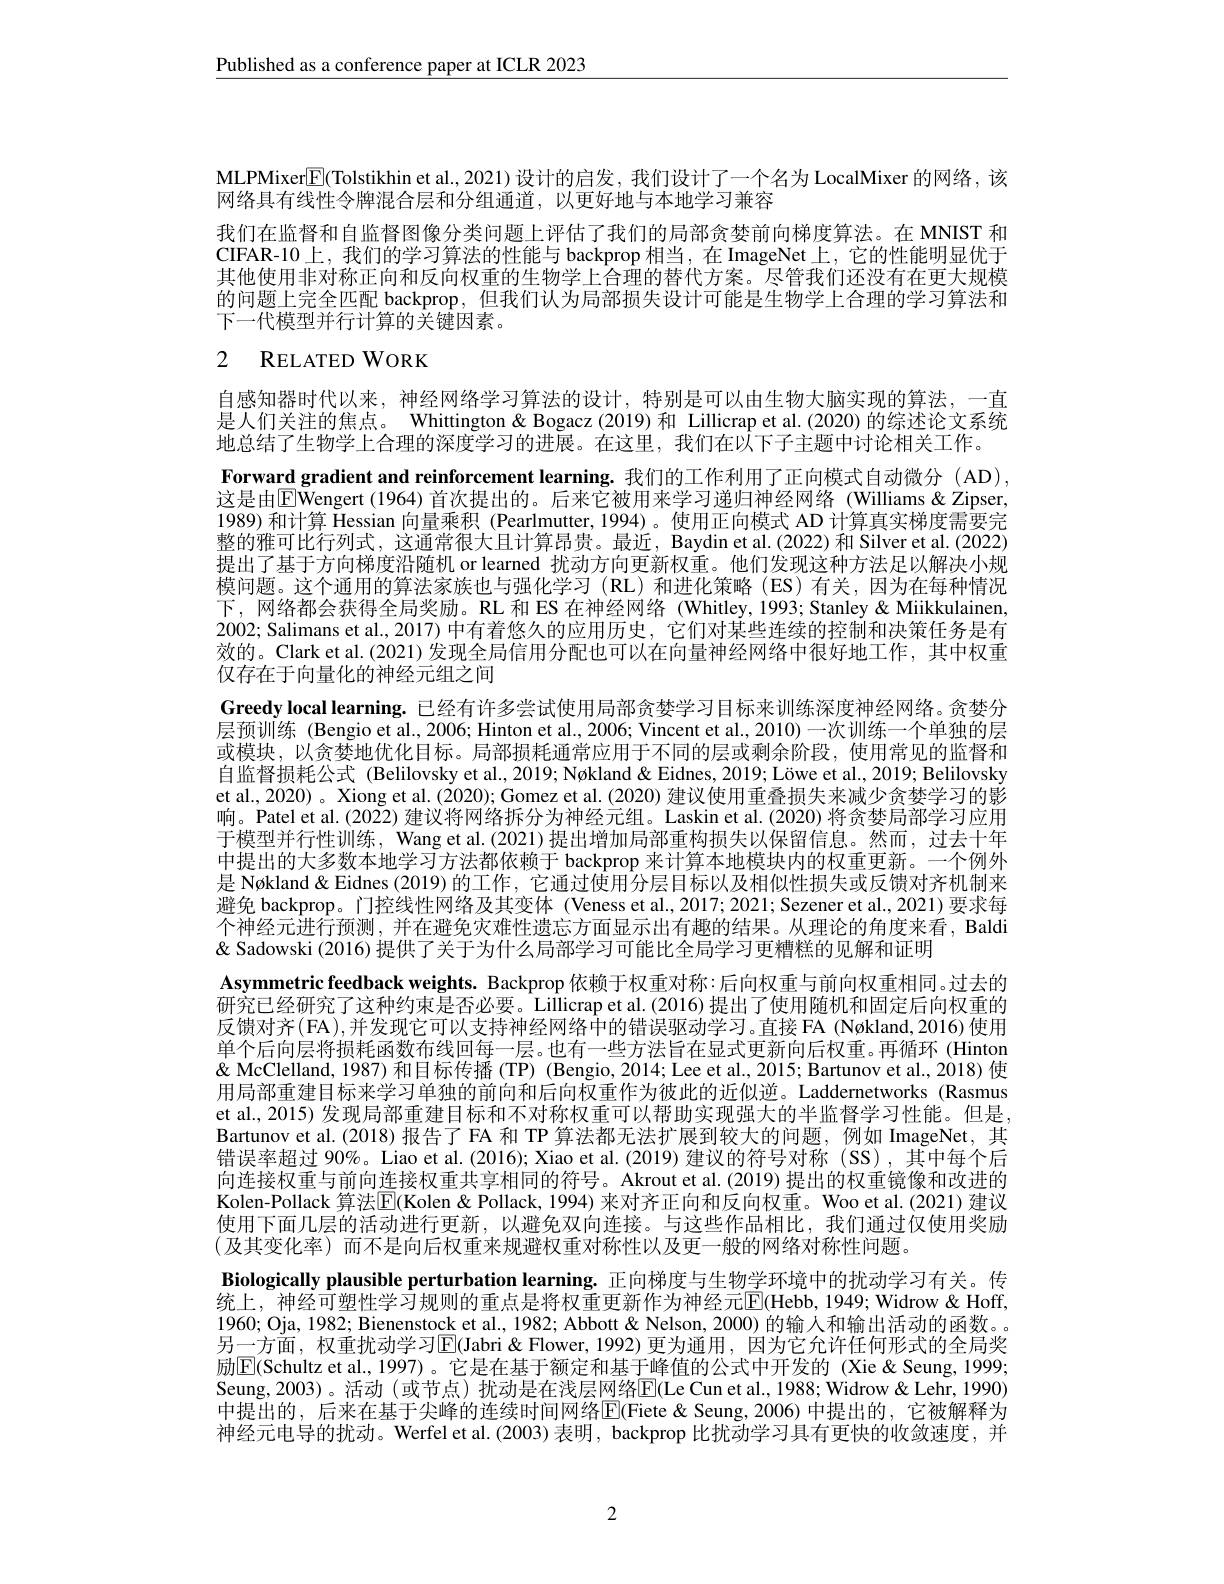
Published as a conference paper at ICLR 2023

MLPMixer$\boxed{\mathrm{F}}$(Tolstikhin et al., 2021) 设计的启发，我们设计了一个名为 LocalMixer 的网络，该
网络具有线性令牌混合层和分组通道，以更好地与本地学习兼容
我们在监督和自监督图像分类问题上评估了我们的局部贪婪前向梯度算法。在 MNIST 和CIFAR-10 上，我们的学习算法的性能与 backprop 相当，在 ImageNet 上，它的性能明显优于其他使用非对称正向和反向权重的生物学上合理的替代方案。尽管我们还没有在更大规模的问题上完全匹配 backprop, 但我们认为局部损失设计可能是生物学上合理的学习算法和下一代模型并行计算的关键因素。

# 2 RELATED WORK

自感知器时代以来，神经网络学习算法的设计，特别是可以由生物大脑实现的算法，一直是人们关注的焦点。Whittington& Bogacz (2019) 和 Lillicrap et al.(2020) 的综述论文系统地总结了生物学上合理的深度学习的进展。在这里，我们在以下子主题中讨论相关工作。
Forward gradient and reinforcement learning. 我们的工作利用了正向模式自动微分(AD), 这是由$\boxed{\mathrm{E}}$Wengert (1964)首次提出的。后来它被用来学习递归神经网络 (Williams &Zipser, 1989) 和计算 Hessian 向量乘积 (Pearlmutter, 1994)。使用正向模式 AD 计算真实梯度需要完整的雅可比行列式，这通常很大且计算昂贵。最近，Baydin et al.(2022) 和 Silver et al.(2022) 提出了基于方向梯度沿随机 or learned 扰动方向更新权重。他们发现这种方法足以解决小规模问题。这个通用的算法家族也与强化学习(RL)和进化策略(ES)有关，因为在每种情况下，网络都会获得全局奖励。RL 和 ES 在神经网络(Whitley,1993; Stanley&Miikkulainen, 2002; Salimans et al., 2017) 中有着悠久的应用历史，它们对某些连续的控制和决策任务是有效的。Clark et al.(2021)发现全局信用分配也可以在向量神经网络中很好地工作，其中权重仅存在于向量化的神经元组之间
Greedy local learning. 已经有许多尝试使用局部贪婪学习目标来训练深度神经网络。贪婪分层预训练 (Bengio et al.,2006; Hinton et al.,2006; Vincent et al., 2010)一次训练一个单独的层或模块，以贪婪地优化目标。局部损耗通常应用于不同的层或剩余阶段，使用常见的监督和自监督损耗公式 (Belilovsky et al., 2019; Nøkland & Eidnes, 2019; Löwe et al., 2019; Belilovsky et al., 2020) 。Xiong et al. (2020); Gomez et al. (2020) 建议使用重叠损失来减少贪婪学习的影响。Patel et al.(2022) 建议将网络拆分为神经元组。Laskin et al.(2020) 将贪婪局部学习应用于模型并行性训练，Wang et al.(2021)提出增加局部重构损失以保留信息。然而，过去十年中提出的大多数本地学习方法都依赖于 backprop 来计算本地模块内的权重更新。一个例外是 Nøkland & Eidnes (2019) 的工作，它通过使用分层目标以及相似性损失或反馈对齐机制来避免 backprop。门控线性网络及其变体 (Veness et al., 2017; 2021; Sezener et al., 2021) 要求每个神经元进行预测，并在避免灾难性遗忘方面显示出有趣的结果。从理论的角度来看，Baldi & Sadowski (2016) 提供了关于为什么局部学习可能比全局学习更糟糕的见解和证明
Asymmetric feedback weights. Backprop 依赖于权重对称：后向权重与前向权重相同。过去的研究已经研究了这种约束是否必要。Lillicrap et al. (2016) 提出了使用随机和固定后向权重的反馈对齐(FA),并发现它可以支持神经网络中的错误驱动学习。直接 FA (Nøkland,2016) 使用单个后向层将损耗函数布线回每一层。也有一些方法旨在显式更新向后权重。再循环 (Hinton & " $\&$ McClelland, 1987) 和目标传播 (TP) (Bengio, 2014; Lee et al., 2015; Bartunov et al., 2018) 使用局部重建目标来学习单独的前向和后向权重作为彼此的近似逆。Laddernetworks (Rasmus et al., 2015) 发现局部重建目标和不对称权重可以帮助实现强大的半监督学习性能。但是Bartunov et al. (2018)报告了 FA 和 TP 算法都无法扩展到较大的问题，例如 ImageNet,其错误率超过 90%。Liao et al. (2016); Xiao et al. (2019) 建议的符号对称 (SS),其中每个后向连接权重与前向连接权重共享相同的符号。Akrout et al.(2019) 提出的权重镜像和改进的Kolen-Pollack 算法$\boxed{\mathrm{F}}$(Kolen & Pollack, 1994) 来对齐正向和反向权重。Woo et al.(2021) 建议使用下面几层的活动进行更新，以避免双向连接。与这些作品相比，我们通过仅使用奖励(及其变化率)而不是向后权重来规避权重对称性以及更一般的网络对称性问题。
Biologically plausible perturbation learning. 正向梯度与生物学环境中的扰动学习有关。传统上，神经可塑性学习规则的重点是将权重更新作为神经元$\mathbb{E}($Hebb,1949;Widrow&Hoff, 1960; Oja, 1982; Bienenstock et al., 1982; Abbott & Nelson, 2000) 的输入和输出活动的函数。另一方面，权重扰动学习$\boxed{\mathrm{E}}($Jabri &Flower,1992) 更为通用，因为它允许任何形式的全局奖励$\boxed{\mathrm{E}}($Schultz et al.,1997)。它是在基于额定和基于峰值的公式中开发的(Xie&Seung, 1999; Seung,2003)。活动 (或节点)扰动是在浅层网络$\mathbb{E}($Le Cun et al.,1988; Widrow & Lehr, 1990) 中提出的，后来在基于尖峰的连续时间网络$\overline{\mathrm{E}}($Fiete & Seung,2006) 中提出的，它被解释为神经元电导的扰动。Werfel et al.(2003) 表明，backprop 比扰动学习具有更快的收敛速度，并

2